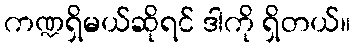
ကဏ္ဍရှိမယ်ဆိုရင် ဒါကို ရှိတယ်။